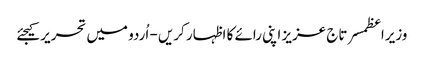
وزیراعظمسرتاج عزیز اپنی رائے کا اظہار کریں - اُردو میں تحریر کیجئے